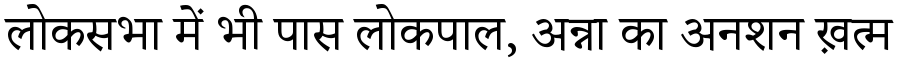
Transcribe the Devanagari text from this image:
लोकसभा में भी पास लोकपाल, अन्ना का अनशन ख़त्म